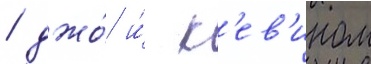
/ джо́ и́ к'ев'ином